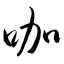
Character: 咖